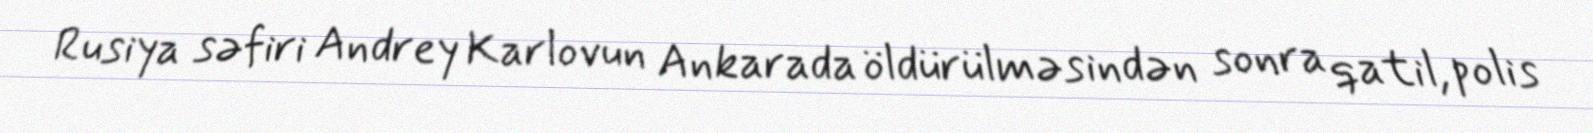
Rusiya səfiri Andrey Karlovun Ankarada öldürülməsindən sonra qatil, polis